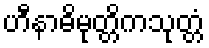
ဟီနာဓိမုတ္တိကသုတ္တံ